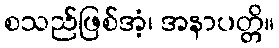
စသည်ဖြစ်အံ့၊ အနာပတ္တိ။